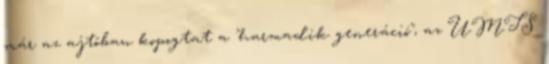
már az ajtóban kopogtat a "harmadik generáció", az UMTS.